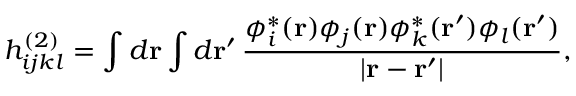
h _ { i j k l } ^ { ( 2 ) } = \int d \mathbf { r } \int d \mathbf { r } ^ { \prime } \, \frac { \phi _ { i } ^ { \ast } ( \mathbf { r } ) \phi _ { j } ( \mathbf { r } ) \phi _ { k } ^ { \ast } ( \mathbf { r } ^ { \prime } ) \phi _ { l } ( \mathbf { r } ^ { \prime } ) } { | \mathbf { r } - \mathbf { r ^ { \prime } } | } ,